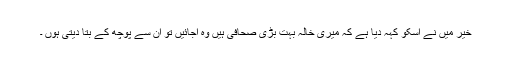
خیر میں نے اسکو کہہ دیا ہے کہ میری خالہ بہت بڑی صحافی ہیں وہ آجائیں تو ان سے پوچھ کے بتا دیتی ہوں ۔